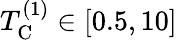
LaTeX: T_{\mathrm{C}}^{(1)}\in[0.5,10]